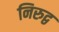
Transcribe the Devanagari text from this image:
निरुद्व